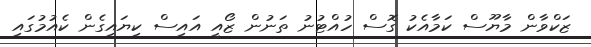
ޒަކްވާން މާޔޫސް ކަމާއެކު ގޮސް ހުއްޓުނު ތަނުން ޒޯއީ އައިސް ކިޔައިގެން ކެއުމުގައި